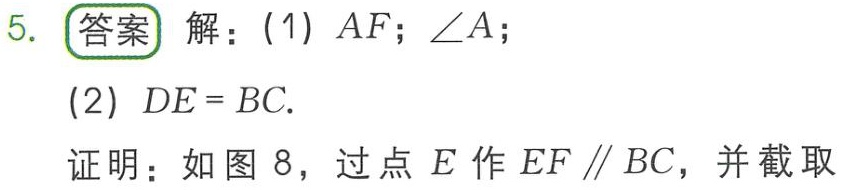
5. 答案 解：(1) \(AF\); \(\angle A\);
(2) \(DE = BC\).
证明：如图 8，过点 \(E\) 作 \(EF\parallel BC\)，并截取